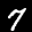
Label: 7